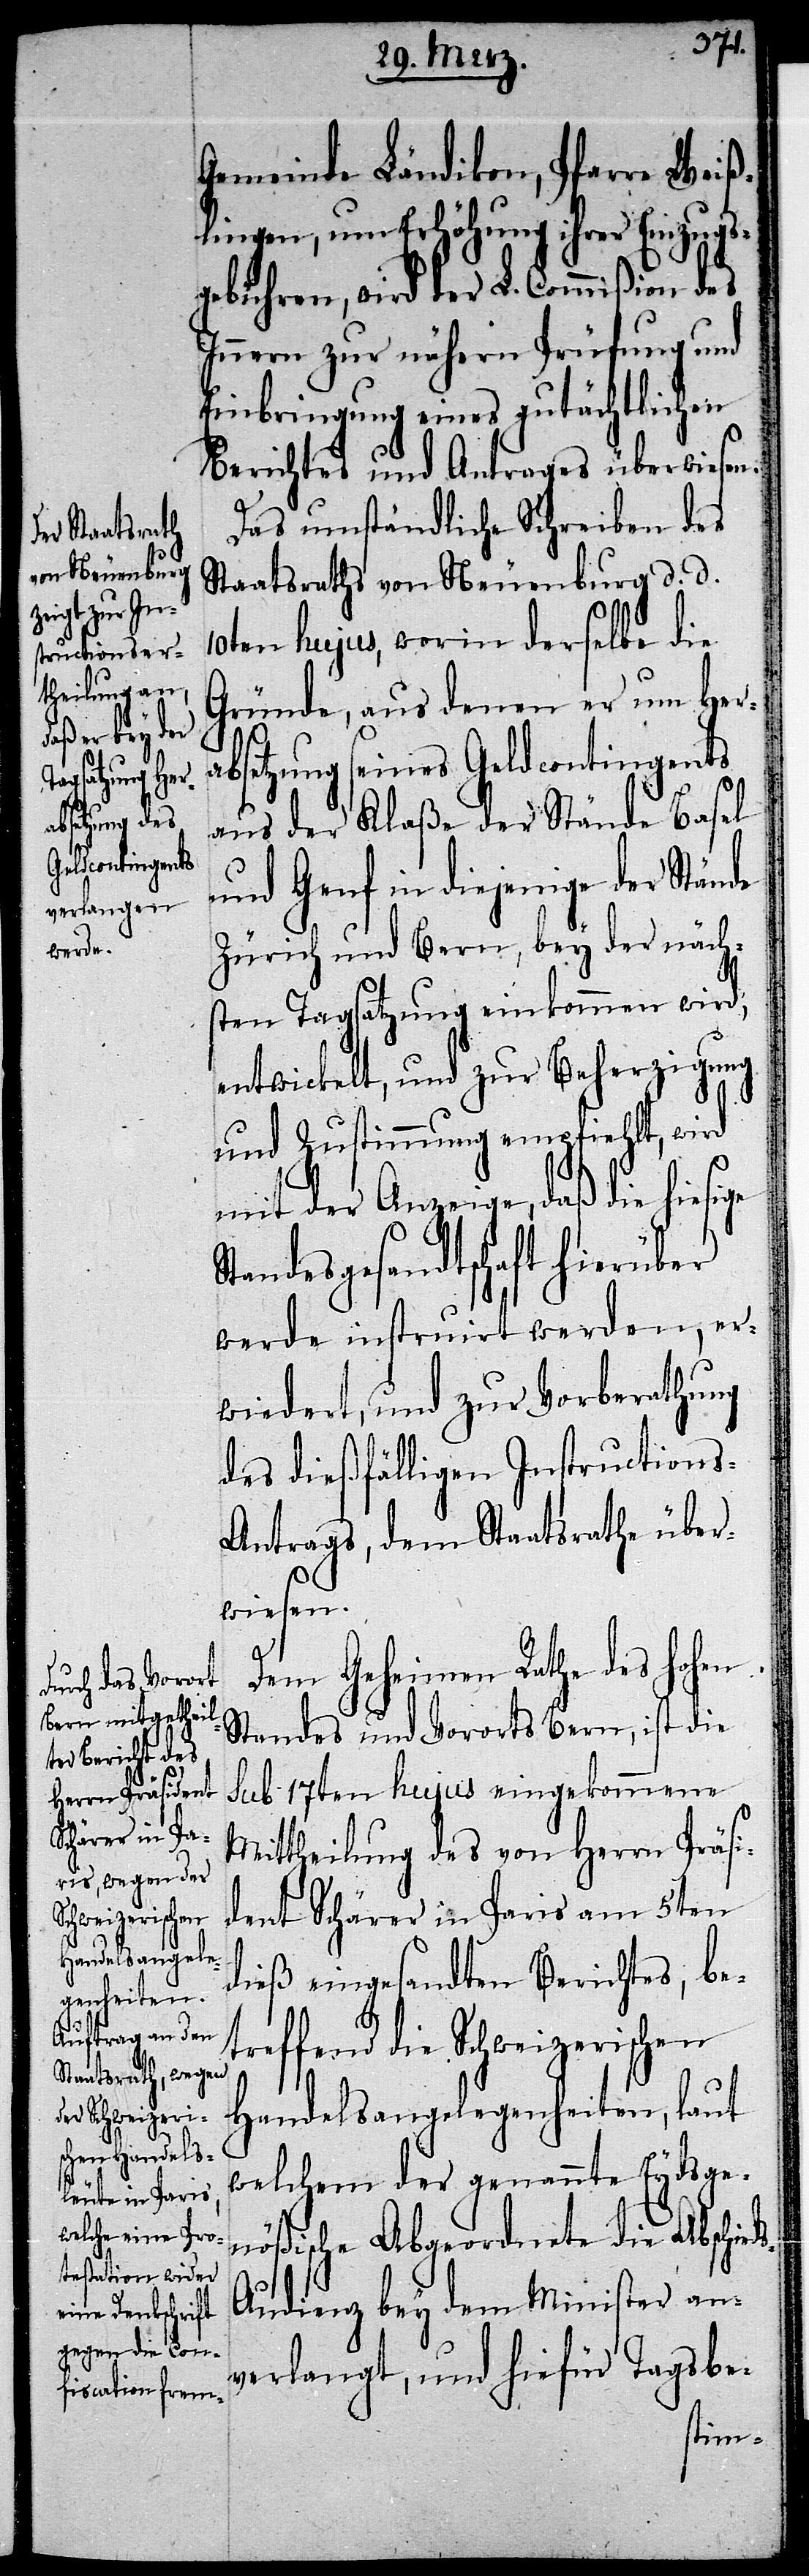
Gemeinde Ländikon, Pfarre Weiß¬
lingen, um Erhöhung ihrer Einzugs¬
gebühren, wird der L. Commißion des
Innern zur nähern Prüfung und
Einbringung eines gutächtlichen
Berichtes und Antrages überwiesen.
Das umständliche Schreiben des
Staatsraths von Neuenburg d. d.
10ten hujus, worin derselbe die
Gründe, aus denen er um Hera¬
bsetzung seines Geldcontingents
aus der Klaße der Stände Basel
und Genf in diejenige der Stände
Zürich und Bern, bey der näch¬
sten Tagsatzung einkommen wird,
entwickelt, und zur Beherzigung
und Zustimmung empfiehlt, wird
mit der Anzeige, daß die hiesige
Standesgesandtschaft hierüber
werde instruirt werden, er¬
wiedert, und zur Vorberathung
des dießfälligen Instructions-A¬
ntrags, dem Staatsrathe über¬
wiesen.
Dem Geheimen Rathe des hohen
Standes und Vororts Bern, ist die
sub 17ten hujus eingekommene
Mittheilung des von Herrn Präsi¬
dent Schärer in Paris am 5ten
dieß eingesandten Berichtes, be¬
treffend die Schweizerischen
Handelsangelegenheiten, laut
welchem der genannte Eydsge¬
nößische Abgeordnete die Abschied¬
s-Audienz bey dem Minister an¬
verlangt, und hiefür Tagsbe-